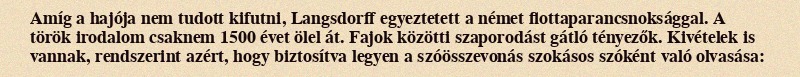
Amíg a hajója nem tudott kifutni, Langsdorff egyeztetett a német flottaparancsnoksággal. A török irodalom csaknem 1500 évet ölel át. Fajok közötti szaporodást gátló tényezők. Kivételek is vannak, rendszerint azért, hogy biztosítva legyen a szóösszevonás szokásos szóként való olvasása: